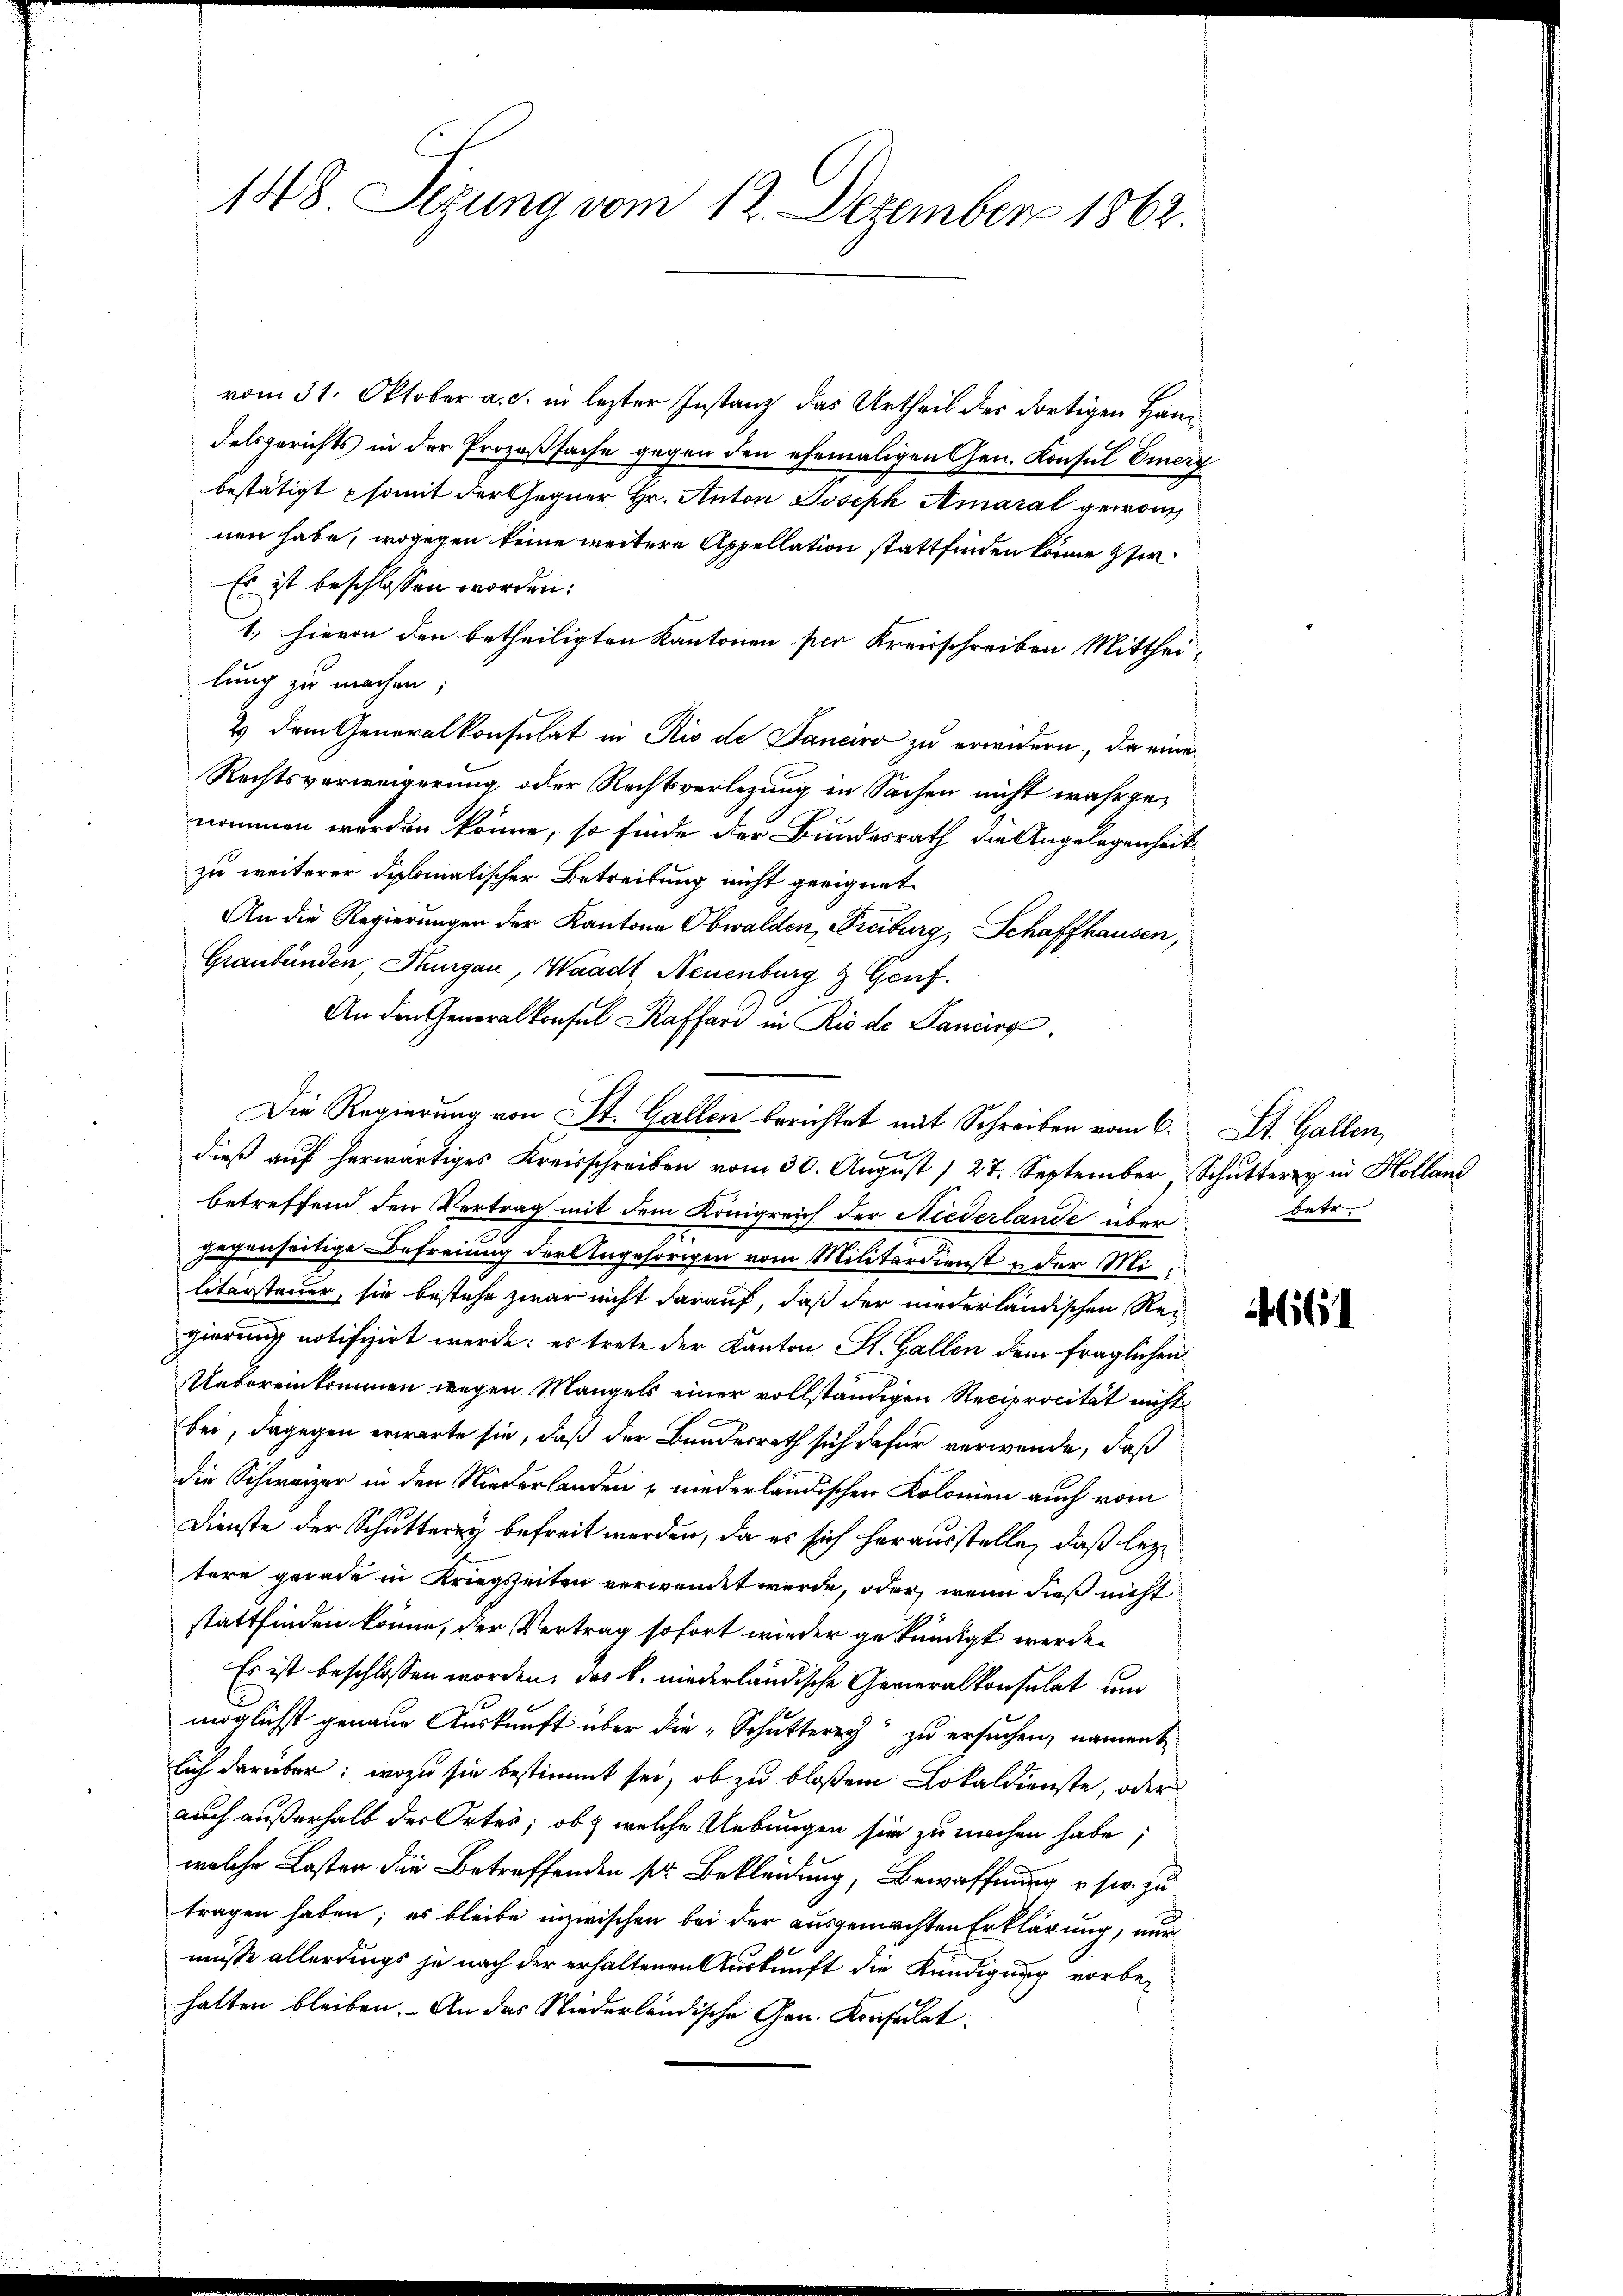
148. Sezung vom 12. Dezember 1862.

vom 31. Oktober a. c. in lezter Instanz das Urtheil des dortigen Handelsgerichts in der Prozeßsache gegen den ehemaligen Gen. Konsul Emerz
bestätigt somit dersegner Hr. Anton Joseph Amaral gewonn
nen habe, wogegen keine weitere Appellation stattfinden könne her¬
Es ist beschlossen worden.
1, hievon den betheiligten Kantonen per. Kreisschreiben Mitthei-
lung zu machen;
2) dem Generalkonsulat in Rio de Danciro zu erwidern, da eine
Rechtsverweigerung oder Rechtsverlegung in Sachen nicht wahrgenommen werden könne, so finde der Bundesrath die Angelegenheit
zu weiterer diplomatischer Betreitung nicht geeignet.
An die Regierungen der Kantone Obwalden, Freiburg, Schaffhausen,
Graubünden, Thurgau, Waadt Neuenburg & Genf.
An den Generalkonsul Kaffare in Rio de Paniirg
dieβ aŭf herwärtiges Kreisschreiben vom 30. Aŭgŭst / 27. September, Schŭtter in Kollan
betreffend den Vertrag mit dem Königreich der Niederlande über
gegenseitige Befreiung der Angehörigen vom Militärdienst & der Militärsteuer, sie bestehe zwar nicht darauf, daß der niederländischen Reigierung notifizirt werde; es trete der Kanton St. Gallen dem fraglichen
Uebereinkommen wegen Mangels einer vollständigen Reciprocität nicht
bei, dagegen erwarte sie, daß der Bunderrath sich dafür verwende, daß
die Schweizer in den Niederlanden & niederländischen Kolonien auch vom
Dienste der Schutterey befreit werden, da es sich herausstelle, daß lezt
tere gerade in Kriegszeiten verwendet werde, oder wenn dieß nicht
stattfinden könne, der Vertrag sofort wieder gekündigt werde.
Es ist beschlossen worden, das k. niederländische Generalkonsulat und
möglichst genaue Auskunft über die „Schutterey zu ersuchen, nament
lich darüber: wozu sie bestimmt sei, ob zu bloßen Lokaldienste, oder
auch außerhalb der Ortes, ob & welche Uebungen sie zu machen habe,
welche Lasten die Betreffenden pr. Bekleidung, Bewaffnung u. sie zu
tragen haben; es bleibe inzwischen bei der ausgemachten Erklärung, nur
müsse allerdings je nach der erhaltenen Auskunft die Kündigung vorbehalten bleiben. - An das Niederländische Gen. Konsulat

Die Regierung von St. Gallen berichtet mit Schreiben vom 6. St. Gallin,

betr.

661